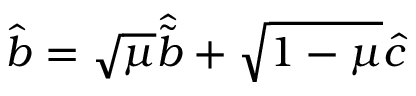
\hat { b } = \sqrt { \mu } \hat { \tilde { b } } + \sqrt { 1 - \mu } \hat { c }